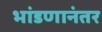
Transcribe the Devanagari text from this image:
भांडणानंतर